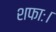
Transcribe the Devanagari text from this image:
शफाः।